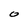
Character: 0